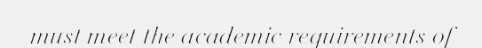
must meet the academic requirements of